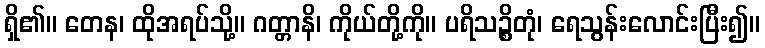
ရှိ၏။ တေန၊ ထိုအရပ်သို့။ ဂတ္တာနိ၊ ကိုယ်တို့ကို။ ပရိသဉ္စိတုံ၊ ရေသွန်းလောင်းပြီး၍။